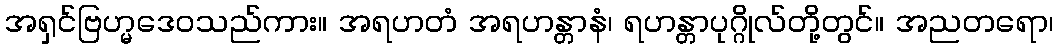
အရှင်ဗြဟ္မဒေဝသည်ကား။ အရဟတံ အရဟန္တာနံ၊ ရဟန္တာပုဂ္ဂိုလ်တို့တွင်။ အညတရော၊